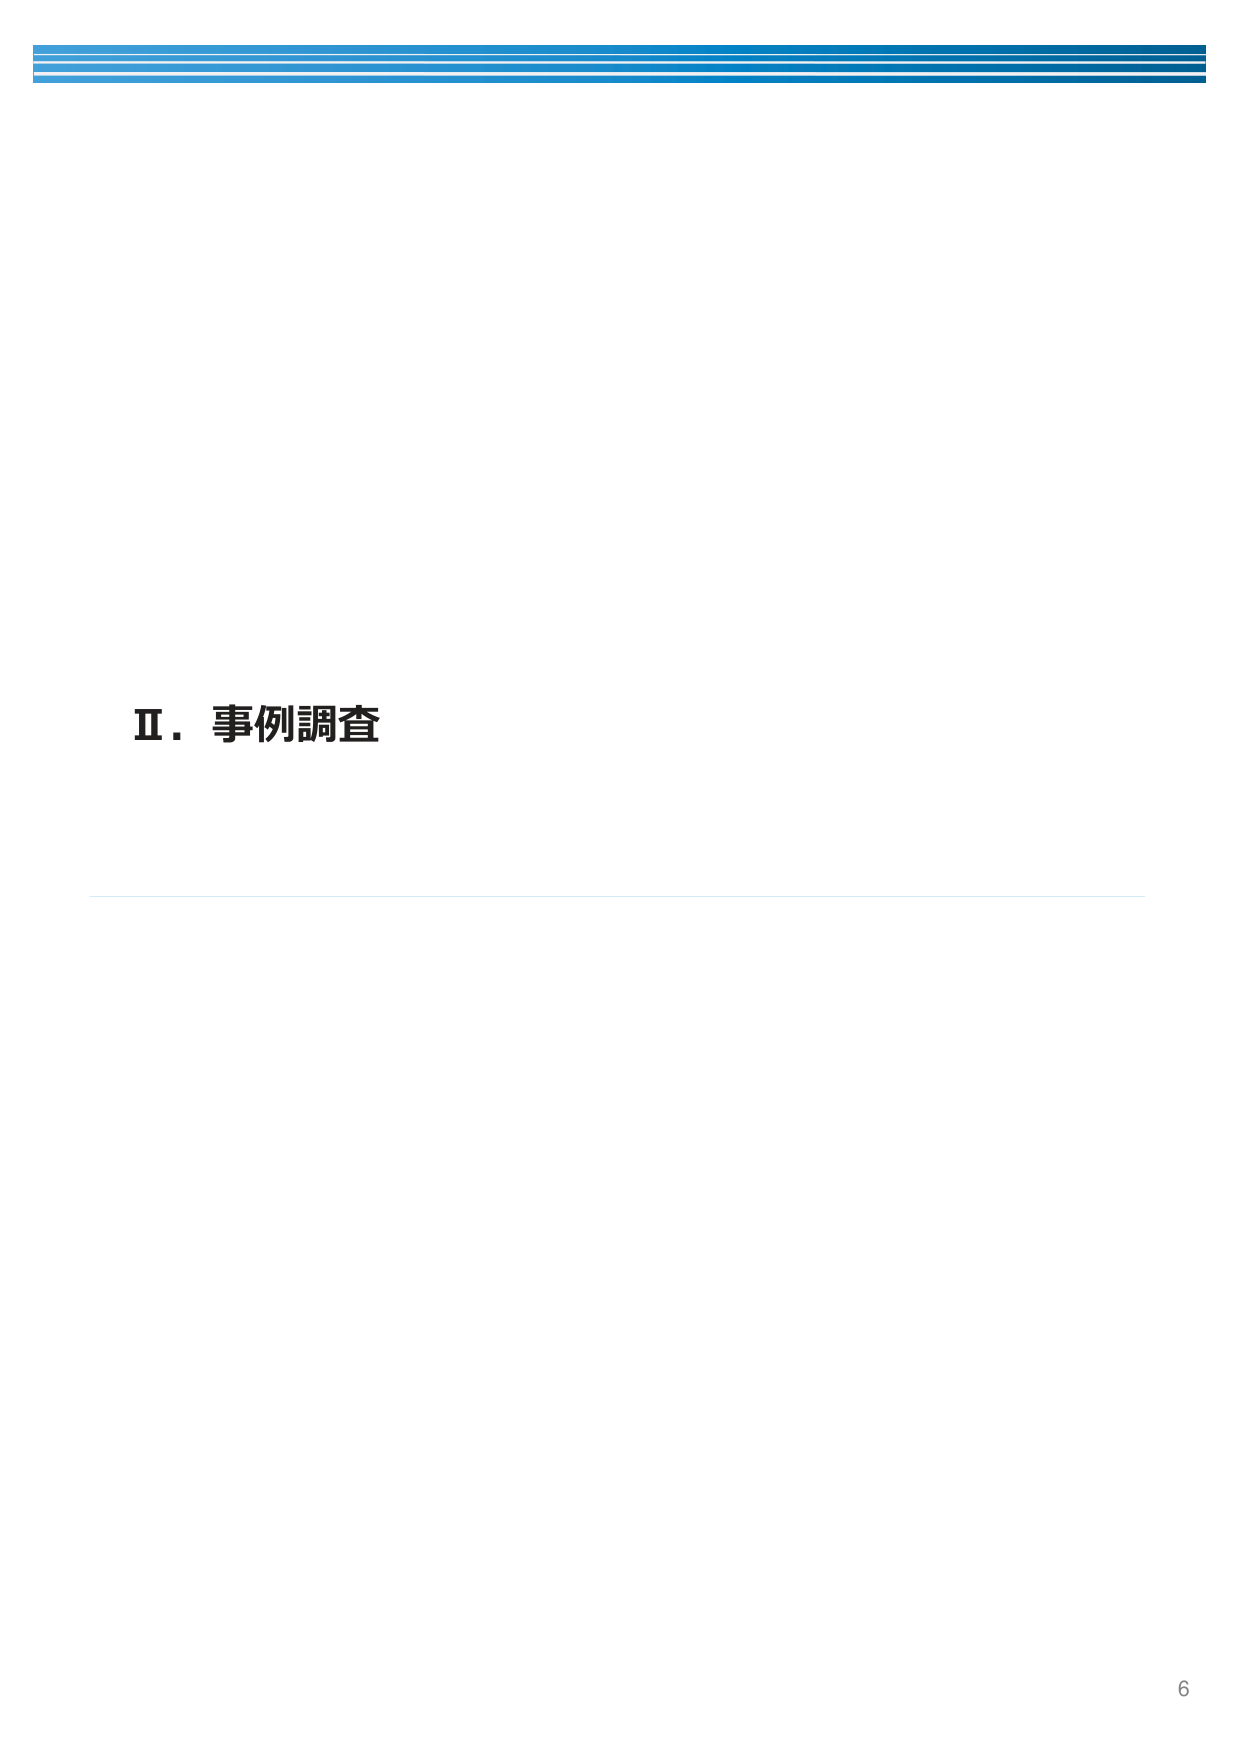
Ⅱ．事例調査
6